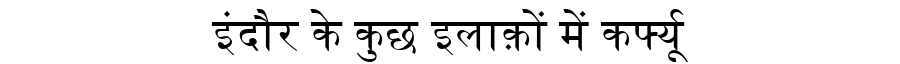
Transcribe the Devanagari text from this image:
इंदौर के कुछ इलाक़ों में कर्फ्यू